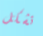
تشكل